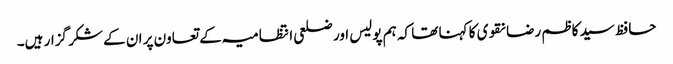
حافظ سید کاظم رضا نقوی کا کہنا تھا کہ ہم پولیس اور ضلعی انتظامیہ کے تعاون پر ان کے شکر گزار ہیں۔